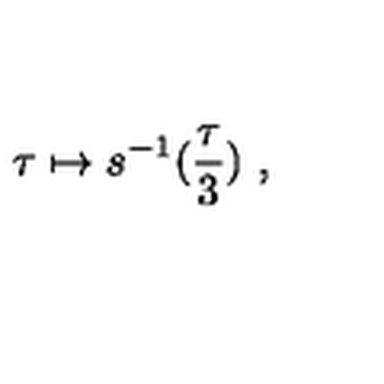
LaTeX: \tau \mapsto s ^ { - 1 } ( \frac { \tau } { 3 } ) \ ,